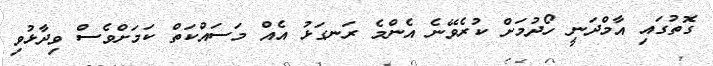
ގޮތުގައި އާމްދަނީ ހޯދުމަށް ކުރެވޭނެ އެންމެ ރަނގަޅު އެއް މަސައްކަތް ކަމަށްވެސް ވިދާޅުވި